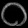
Digit: ၀